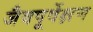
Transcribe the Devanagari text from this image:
जैवपूर्वेक्षण